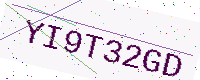
Text: YI9T32GD